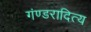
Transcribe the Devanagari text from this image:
गंण्डरादित्य